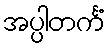
အပ္ပါတင်္ကံ